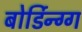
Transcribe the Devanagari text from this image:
बोर्डिन्ग्ग